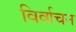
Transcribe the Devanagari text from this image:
विर्वाचन